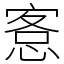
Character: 愙